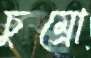
চুম্‌রো